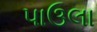
પાઉલા